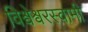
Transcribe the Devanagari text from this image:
विश्वेश्वरस्वामी